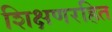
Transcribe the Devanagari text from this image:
शिक्षणरहित